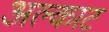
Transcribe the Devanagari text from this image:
अल्काट